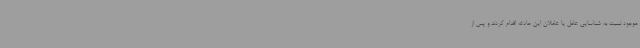
موجود نسبت به شناسایی عامل یا عاملان این حادثه اقدام کردند و پس از